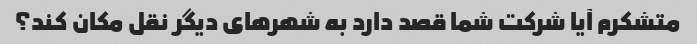
متشکرم آیا شرکت شما قصد دارد به شهرهای دیگر نقل مکان کند؟